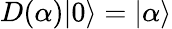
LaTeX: D(\alpha)|0\rangle=|\alpha\rangle